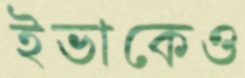
ইভাকেও